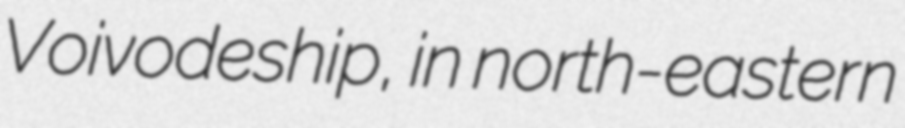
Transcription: Voivodeship, in north-eastern